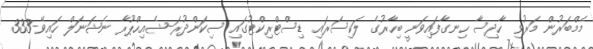
މެމްބަރުން މަރުވި ހާދިސާ ހިނގާފައިވަނީ ބިހާރުގެ ލަކިސަރައި ޑިސްޓްރިކްޓުގައި ސިކަންދުރަ-ޝެއިހްޕޫރާ ނެޝަނަލް ހައިވޭ-333